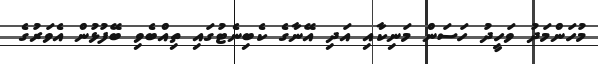
މުހަންމަދު ވަހީދު ހަސަން މަނިކާއި އަދި އޭނާގެ ކެބިނެޓުގައި ތިއްބެވި ބޭފުޅުން އެވަރުގެ